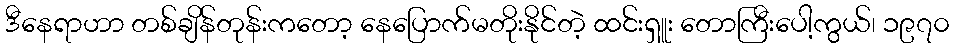
ဒီနေရာဟာ တစ်ချိန်တုန်းကတော့ နေပြောက်မတိုးနိုင်တဲ့ ထင်းရှူး တောကြီးပေါ့ကွယ်၊ ၁၉၇၀